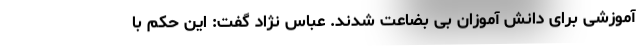
آموزشی برای دانش آموزان بی بضاعت شدند. عباس نژاد گفت: این حکم با